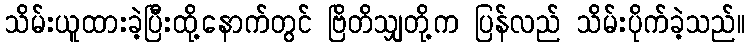
သိမ်းယူထားခဲ့ပြီးထို့နောက်တွင် ဗြိတိသျှတို့က ပြန်လည် သိမ်းပိုက်ခဲ့သည်။